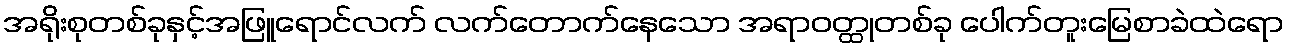
အရိုးစုတစ်ခုနှင့်အဖြူရောင်လက် လက်တောက်နေသော အရာဝတ္ထုတစ်ခု ပေါက်တူးမြေစာခဲထဲရော